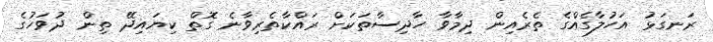
ރަނގަޅު އަހުލާގެއްގެ ތެެރެއިން ދިމާވާ ހާދިސާތަކަށް ރައްކާތެރިވާނެ ގޮތް ކިޔައިދޭ ތިން ދުވަހުގެ